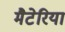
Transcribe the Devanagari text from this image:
मैटेरिया